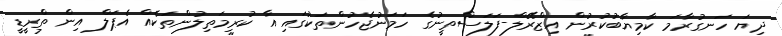
ދިޔަ ހަނގުރާމަ ކާމިޔާބުކުރުން އިޒްރޭލް-ފަލަސްތީނުގެ ހަމަނުޖެހުންތަކުގައި އާ ކުރިމަތިލުންތަކެއް އެޕަލް އިން ތްރީޑީ